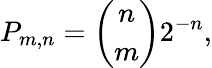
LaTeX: P_{m,n}={\binom{n}{m}}2^{-n},